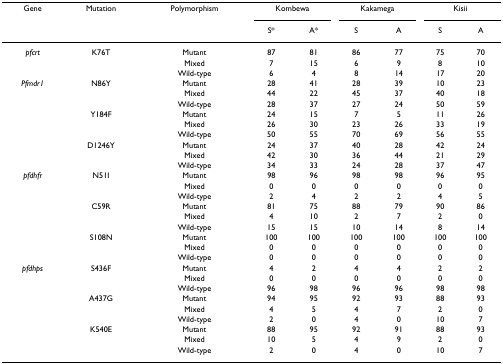
<table><thead><tr><td><b>Gene</b></td><td><b>Mutation</b></td><td><b>Polymorphism</b></td><td colspan="2"><b>Kombewa</b></td><td colspan="2"><b>Kakamega</b></td><td colspan="2"><b>Kisii</b></td></tr><tr><td></td><td></td><td></td><td><b>S*</b></td><td><b>A*</b></td><td><b>S</b></td><td><b>A</b></td><td><b>S</b></td><td><b>A</b></td></tr></thead><tbody><tr><td><i>pfcrt</i></td><td>K76T</td><td>Mutant</td><td>87</td><td>81</td><td>86</td><td>77</td><td>75</td><td>70</td></tr><tr><td></td><td></td><td>Mixed</td><td>7</td><td>15</td><td>6</td><td>9</td><td>8</td><td>10</td></tr><tr><td></td><td></td><td>Wild-type</td><td>6</td><td>4</td><td>8</td><td>14</td><td>17</td><td>20</td></tr><tr><td><i>Pfmdr1</i></td><td>N86Y</td><td>Mutant</td><td>28</td><td>41</td><td>28</td><td>39</td><td>10</td><td>23</td></tr><tr><td></td><td></td><td>Mixed</td><td>44</td><td>22</td><td>45</td><td>37</td><td>40</td><td>18</td></tr><tr><td></td><td></td><td>Wild-type</td><td>28</td><td>37</td><td>27</td><td>24</td><td>50</td><td>59</td></tr><tr><td></td><td>Y184F</td><td>Mutant</td><td>24</td><td>15</td><td>7</td><td>5</td><td>11</td><td>26</td></tr><tr><td></td><td></td><td>Mixed</td><td>26</td><td>30</td><td>23</td><td>26</td><td>33</td><td>19</td></tr><tr><td></td><td></td><td>Wild-type</td><td>50</td><td>55</td><td>70</td><td>69</td><td>56</td><td>55</td></tr><tr><td></td><td>D1246Y</td><td>Mutant</td><td>24</td><td>37</td><td>40</td><td>28</td><td>42</td><td>24</td></tr><tr><td></td><td></td><td>Mixed</td><td>42</td><td>30</td><td>36</td><td>44</td><td>21</td><td>29</td></tr><tr><td></td><td></td><td>Wild-type</td><td>34</td><td>33</td><td>24</td><td>28</td><td>37</td><td>47</td></tr><tr><td><i>pfdhfr</i></td><td>N51I</td><td>Mutant</td><td>98</td><td>96</td><td>98</td><td>98</td><td>96</td><td>95</td></tr><tr><td></td><td></td><td>Mixed</td><td>0</td><td>0</td><td>0</td><td>0</td><td>0</td><td>0</td></tr><tr><td></td><td></td><td>Wild-type</td><td>2</td><td>4</td><td>2</td><td>2</td><td>4</td><td>5</td></tr><tr><td></td><td>C59R</td><td>Mutant</td><td>81</td><td>75</td><td>88</td><td>79</td><td>90</td><td>86</td></tr><tr><td></td><td></td><td>Mixed</td><td>4</td><td>10</td><td>2</td><td>7</td><td>2</td><td>0</td></tr><tr><td></td><td></td><td>Wild-type</td><td>15</td><td>15</td><td>10</td><td>14</td><td>8</td><td>14</td></tr><tr><td></td><td>S108N</td><td>Mutant</td><td>100</td><td>100</td><td>100</td><td>100</td><td>100</td><td>100</td></tr><tr><td></td><td></td><td>Mixed</td><td>0</td><td>0</td><td>0</td><td>0</td><td>0</td><td>0</td></tr><tr><td></td><td></td><td>Wild-type</td><td>0</td><td>0</td><td>0</td><td>0</td><td>0</td><td>0</td></tr><tr><td><i>pfdhps</i></td><td>S436F</td><td>Mutant</td><td>4</td><td>2</td><td>4</td><td>4</td><td>2</td><td>2</td></tr><tr><td></td><td></td><td>Mixed</td><td>0</td><td>0</td><td>0</td><td>0</td><td>0</td><td>0</td></tr><tr><td></td><td></td><td>Wild-type</td><td>96</td><td>98</td><td>96</td><td>96</td><td>98</td><td>98</td></tr><tr><td></td><td>A437G</td><td>Mutant</td><td>94</td><td>95</td><td>92</td><td>93</td><td>88</td><td>93</td></tr><tr><td></td><td></td><td>Mixed</td><td>4</td><td>5</td><td>4</td><td>7</td><td>2</td><td>0</td></tr><tr><td></td><td></td><td>Wild-type</td><td>2</td><td>0</td><td>4</td><td>0</td><td>10</td><td>7</td></tr><tr><td></td><td>K540E</td><td>Mutant</td><td>88</td><td>95</td><td>92</td><td>91</td><td>88</td><td>93</td></tr><tr><td></td><td></td><td>Mixed</td><td>10</td><td>5</td><td>4</td><td>9</td><td>2</td><td>0</td></tr><tr><td></td><td></td><td>Wild-type</td><td>2</td><td>0</td><td>4</td><td>0</td><td>10</td><td>7</td></tr></tbody></table>